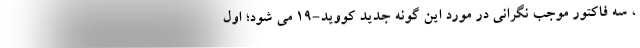
، سه فاکتور موجب نگرانی در مورد این گونه جدید کووید-۱۹ می شود؛ اول